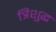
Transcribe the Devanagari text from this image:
त्रिशुद्ध